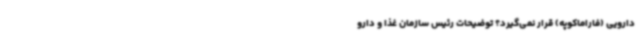
دارویی (فاراماکوپه) قرار نمی‌گیرد؟ توضیحات رئیس سازمان غذا و دارو